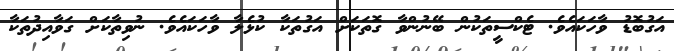
އަގުބޮޑު ވާހަކައެވެ. ޓެކްސީތަކުން ބޭނުންވާ ގޮތަކަށް އަގުތަކާ ކުޅެލާ ވާހަކައެވެ. ނުވިތާކަށް ގަވާއިދުތަކާ